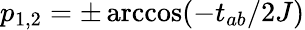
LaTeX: p_{1,2}=\pm\operatorname{arccos}(-t_{ab}/2J)